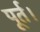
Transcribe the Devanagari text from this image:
पूर्त।